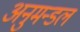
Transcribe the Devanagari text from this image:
अनुमन्डल